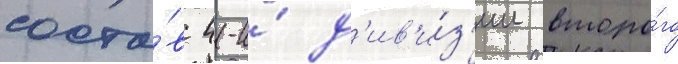
соста́в 4-и́ д'ив'и́з'ии второ́го